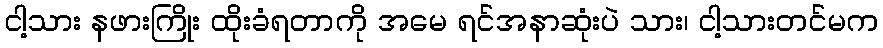
ငါ့သား နဖားကြိုး ထိုးခံရတာကို အမေ ရင်အနာဆုံးပဲ သား၊ ငါ့သားတင်မက